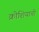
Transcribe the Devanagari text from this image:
क्रोशियाची